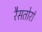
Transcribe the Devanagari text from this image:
रैसतोरां